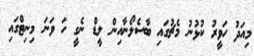
މިއަދު ހަވީރު ކުޅުނު މެޗުގައި ބާސެލޯނާއިން ލީޑް ނެގީ ހަ ވަނަ މިނިޓްގައި